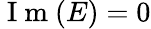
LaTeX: \mathrm{~I~m~}(E)=0